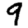
Digit: 9